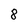
Character: 8